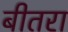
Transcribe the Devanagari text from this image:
बीतरा